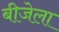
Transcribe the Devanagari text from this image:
बीजेला